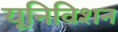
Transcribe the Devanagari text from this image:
यूनिविशन